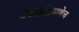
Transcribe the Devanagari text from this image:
दशहरीप्रमाणेच